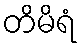
တိမိရံ